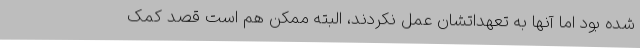
شده بود اما آنها به تعهداتشان عمل نکردند، البته ممکن هم است قصد کمک